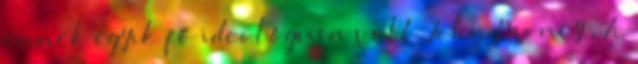
ennek egyik fő ideológusa volt John Money . A